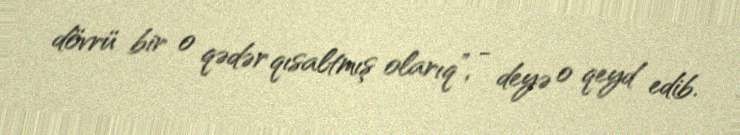
dövrü bir o qədər qısaltmış olarıq”, - deyə o qeyd edib.